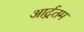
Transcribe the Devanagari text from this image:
आर्द्रतम